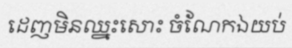
ដេញមិនឈ្នះសោះ ចំណែកឯយប់